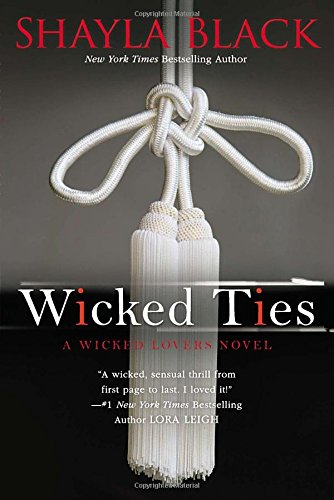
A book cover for Wicked Ties (A Wicked Lovers Novel); Shayla Black; Romance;